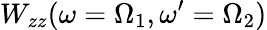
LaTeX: W_{zz}(\omega=\Omega_{1},\omega^{\prime}=\Omega_{2})